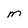
Character: m